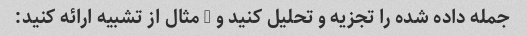
جمله داده شده را تجزیه و تحلیل کنید و 2 مثال از تشبیه ارائه کنید: